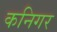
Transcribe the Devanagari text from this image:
कनिगर